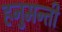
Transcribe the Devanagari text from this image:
हनुमन्ती